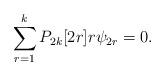
LaTeX: \begin{align*}\sum_{r=1}^{k} P_{2k}[2r]r\psi_{2r}=0.\end{align*}